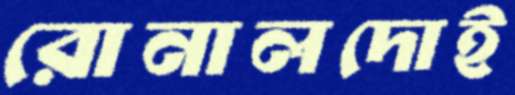
রোনালদোই